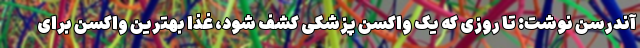
آندرسن نوشت: تا روزی که یک واکسن پزشکی کشف شود، غذا بهترین واکسن برای